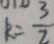
k = \frac { 3 } { 2 }